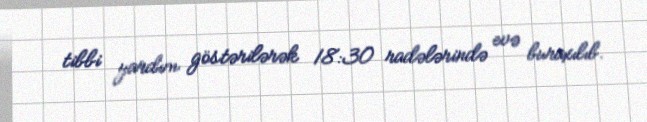
tibbi yardım göstərilərək 18:30 radələrində evə buraxılıb.